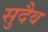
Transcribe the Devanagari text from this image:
सुदैव